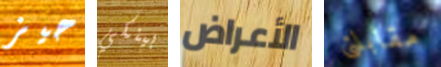
حيز بينكي الأعراض مقابلتى